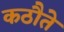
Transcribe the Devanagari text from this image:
कठौते